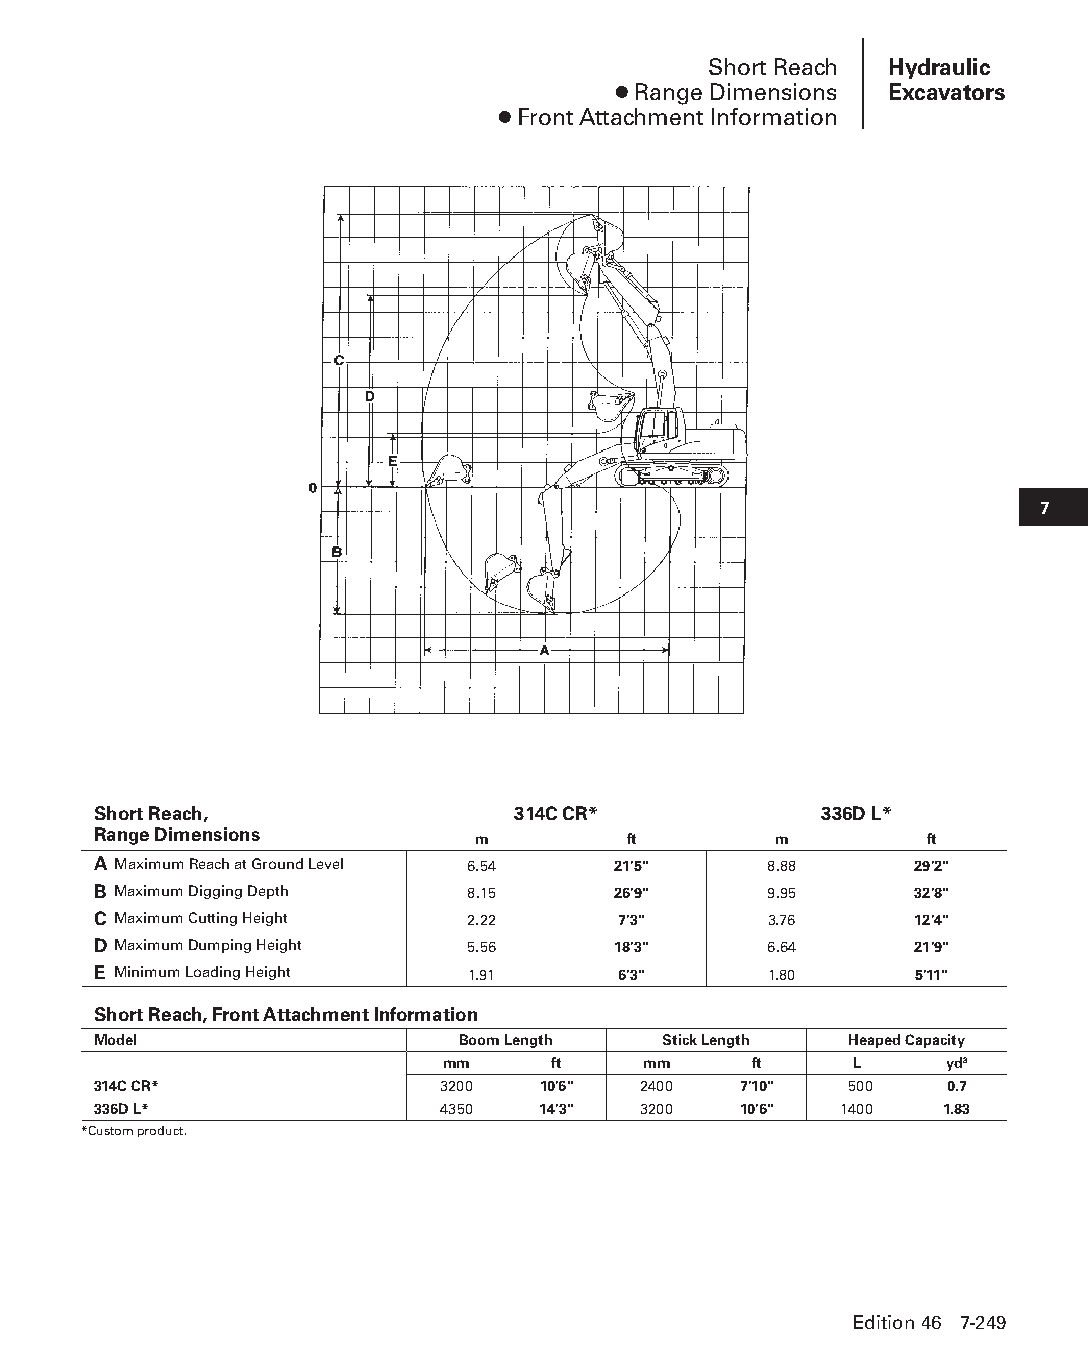
Short Reach Hydraulic
 ● Range Dimensions Excavators
 ● Front Attachment Information
 7
 Short Reach,               314C CR*             336D L*
 Range Dimensions         m         ft        m         ft
 A Maximum Reach at Ground Level 6.54 21'5"  8.88      29'2"
 B Maximum Digging Depth 8.15      26'9"     9.95      32'8"
 C Maximum Cutting Height 2.22     7'3"      3.76      12'4"
 D Maximum Dumping Height 5.56     18'3"     6.64      21'9"
 E Minimum Loading Height 1.91     6'3"      1.80      5'11"
 Short Reach, Front Attachment Information
 Model                   Boom Length  Stick Length Heaped Capacity
 mm     ft    mm     ft     L     yd3
 314C CR*              3200   10'6"  2400  7'10"  500    0.7
 336D L*                4350  14'3"  3200  10'6"  1400   1.83
 *Custom product.
 Edition 46 7-249
 PPHHBB--SSeecc0077--HHyyddrraauulliiccEExxccaavvaattoorrss((ppgg224433--229944))..iinndddd 224499 1122//44//1155 1100::3377 AAMM